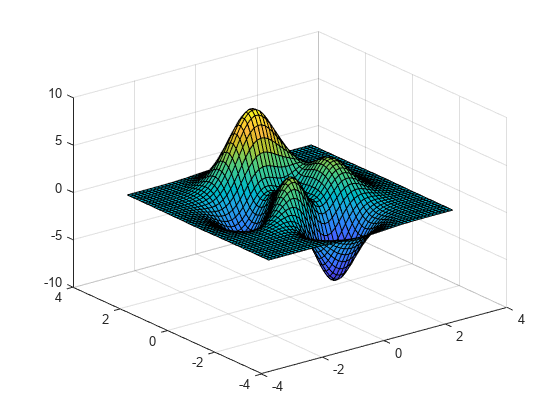
matlab, surf